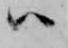
ハ